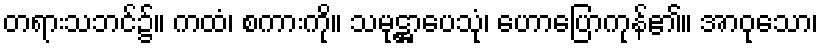
တရားသဘင်၌။ ကထံ၊ စကားကို။ သမုဋ္ဌာပေသုံ၊ ဟောပြောကုန်၏။ အာဝုသော၊